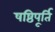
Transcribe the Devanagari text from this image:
षष्ठिपूर्ति